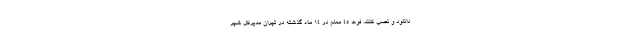
دانلود و نصب کنند. فوت ۴۵ معلم در ۱۴ ماه گذشته در تهران مدیرکل شهر